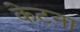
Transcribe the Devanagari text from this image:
केटना